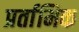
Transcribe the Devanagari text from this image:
प्रर्तामिक